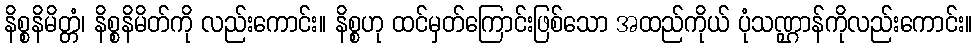
နိစ္စနိမိတ္တံ၊ နိစ္စနိမိတ်ကို လည်းကောင်း။ နိစ္စဟု ထင်မှတ်ကြောင်းဖြစ်သော အထည်ကိုယ် ပုံသဏ္ဌာန်ကိုလည်းကောင်း။